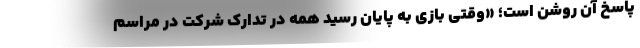
پاسخ آن روشن است؛ «وقتی بازی به پایان رسید همه در تدارک شرکت در مراسم